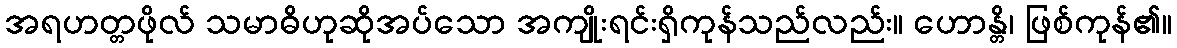
အရဟတ္တဖိုလ် သမာဓိဟုဆိုအပ်သော အကျိုးရင်းရှိကုန်သည်လည်း။ ဟောန္တိ၊ ဖြစ်ကုန်၏။